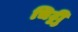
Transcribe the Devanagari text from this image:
चिट्ठीु